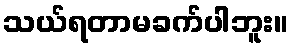
သယ်ရတာမခက်ပါဘူး။